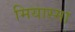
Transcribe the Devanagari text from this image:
मियास्मा